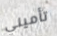
تأميني